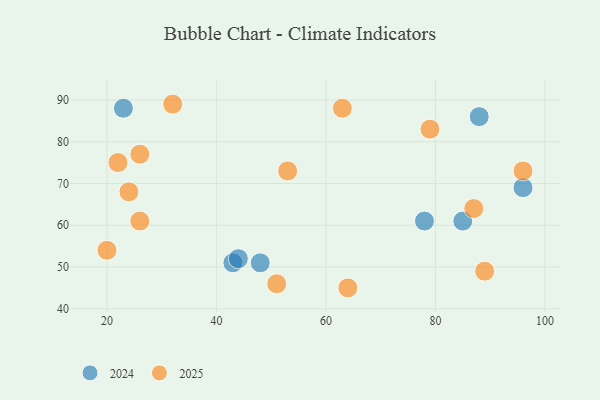
{"axis": {"x": "GDP", "y": "Life Expectancy"}, "legend": ["2024", "2025"], "data": [{"x": "96", "y": 73, "type": "2025"}, {"x": "32", "y": 89, "type": "2025"}, {"x": "20", "y": 54, "type": "2025"}, {"x": "26", "y": 61, "type": "2025"}, {"x": "51", "y": 46, "type": "2025"}, {"x": "64", "y": 45, "type": "2025"}, {"x": "26", "y": 77, "type": "2025"}, {"x": "22", "y": 75, "type": "2025"}, {"x": "24", "y": 68, "type": "2025"}, {"x": "53", "y": 73, "type": "2025"}, {"x": "79", "y": 83, "type": "2025"}, {"x": "63", "y": 88, "type": "2025"}, {"x": "87", "y": 64, "type": "2025"}, {"x": "89", "y": 49, "type": "2025"}, {"x": "23", "y": 88, "type": "2024"}, {"x": "96", "y": 69, "type": "2024"}, {"x": "88", "y": 86, "type": "2024"}, {"x": "43", "y": 51, "type": "2024"}, {"x": "44", "y": 52, "type": "2024"}, {"x": "48", "y": 51, "type": "2024"}, {"x": "85", "y": 61, "type": "2024"}, {"x": "78", "y": 61, "type": "2024"}]}